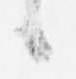
候